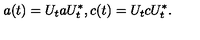
a ( t ) = U _ { t } a U _ { t } ^ { * } , c ( t ) = U _ { t } c U _ { t } ^ { * } .